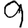
Digit: 9